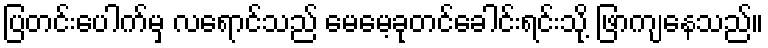
ပြတင်းပေါက်မှ လရောင်သည် မေမေ့ခုတင်ခေါင်းရင်းသို့ ဖြာကျနေသည်။